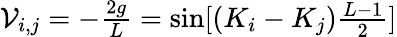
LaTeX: \begin{array}{r}{\mathcal V_{i,j}=-\frac{2g}{L}=\sin[(K_{i}-K_{j})\frac{L-1}{2}]}\end{array}